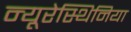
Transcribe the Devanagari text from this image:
न्यूरेस्थिनिया